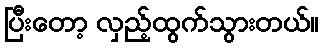
ပြီးတော့ လှည့်ထွက်သွားတယ်။